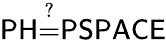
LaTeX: {\mathsf{PH}}{\overset{?}{=}}{\mathsf{PSPACE}}